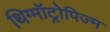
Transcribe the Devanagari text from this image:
थिग्मॉट्रोपिज्म